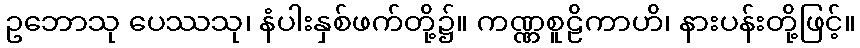
ဥဘောသု ပေဿသု၊ နံပါးနှစ်ဖက်တို့၌။ ကဏ္ဏစူဠိကာဟိ၊ နားပန်းတို့ဖြင့်။